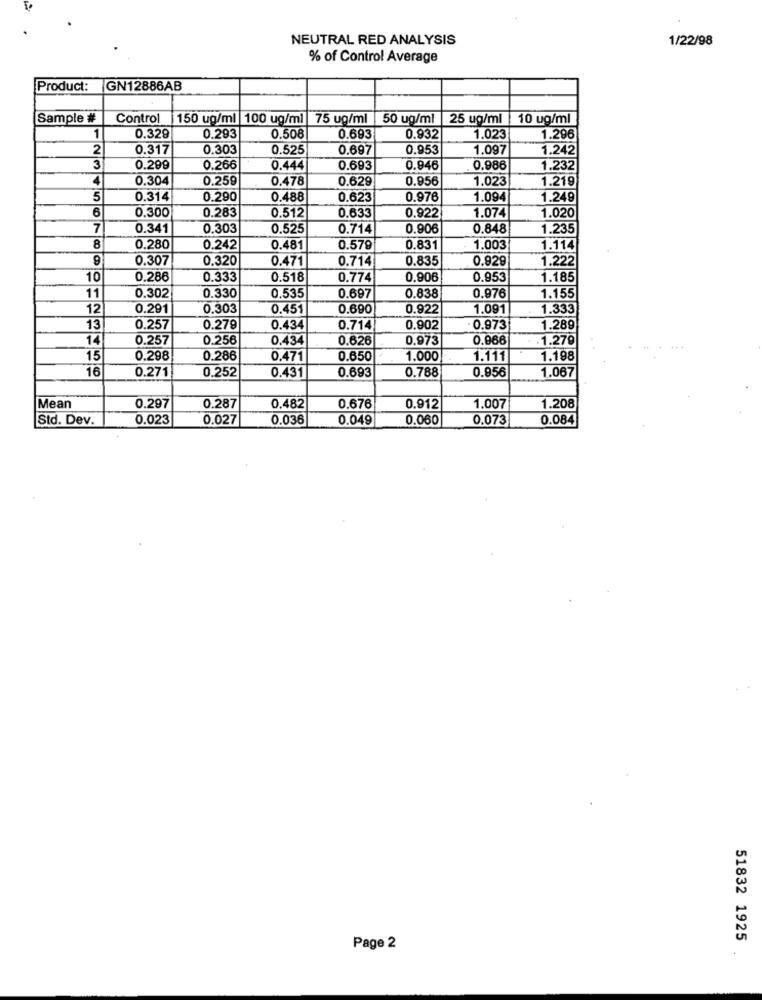
NEUTRAL RED ANALYSIS
1/22/98
% of Control Average
Product:
GN12886AB
Sample #
Control
150 ug/ml 100 ug/ml 75 ug/ml
50 ug/ml |25 ug/ml
10 ug/ml
1
0.329
0.293
0.508
0.693
0.932
1.023
1.296
2
0.317
0.303
0.525
0.697
0.953
1.097
1.242
31
0.299
0.266
0.444
0.693
0.946
0.986
1.232
4
0.304
0.259
0.478
0.629
0.956
1.023
1.219
5
0.314
0.290
0.488
0.623
0.976
1.094
1.249
6
0.300
0.283
0.633
0.922
1.020
0.512
1.074
7
0.341
0.303
0.525
0.714
0.906
0.848
1.235
8
0.280
0.242
0.481
0.579
0.831
1.003
1.114
9
0.307
0.320
0.471
0.714
0.835
0.929
1.222
10
0.286
0.333
0.518
0.774
0.906
0.953
1.185
11
0.302
0.330
0.535
0.697
0.838
0.976
1.155
12
0.291
0.303
0.451
0.690
0.922
1.091
1.333
13
0.257
0.279
0.434
0.714
0.902
- 0.973
1.289
14
0.257
0.256
0.434
0.626
0.973
0.966
1.279
15
0.298
0.286
0.471
0.650
1.000
1.111
1.198
16
0.252
0.431
0.788
0.856
0.271
0.693
1.067
Mean
0.297
0.287
0.482
0.676
0.912
1,007
1.208
Std. Dev.
0.023
0.027
0.036
0.049
0.060
0.073
0.084
51832 1925
Page 2